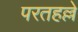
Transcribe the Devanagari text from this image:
परतहल्ले